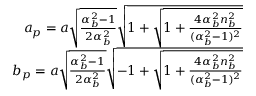
\begin{array} { r } { a _ { p } = a \sqrt { \frac { \alpha _ { b } ^ { 2 } - 1 } { 2 \alpha _ { b } ^ { 2 } } } \sqrt { 1 + \sqrt { 1 + \frac { 4 \alpha _ { b } ^ { 2 } n _ { b } ^ { 2 } } { ( \alpha _ { b } ^ { 2 } - 1 ) ^ { 2 } } } } } \\ { b _ { p } = a \sqrt { \frac { \alpha _ { b } ^ { 2 } - 1 } { 2 \alpha _ { b } ^ { 2 } } } \sqrt { - 1 + \sqrt { 1 + \frac { 4 \alpha _ { b } ^ { 2 } n _ { b } ^ { 2 } } { ( \alpha _ { b } ^ { 2 } - 1 ) ^ { 2 } } } } } \end{array}